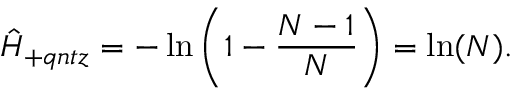
\hat { H } _ { + q n t z } = - \ln \left( 1 - \frac { N - 1 } { N } \right) = \ln ( N ) .